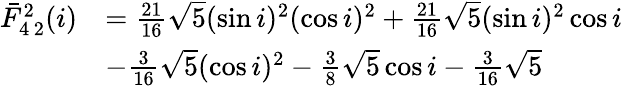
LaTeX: \begin{array}{rl}{\bar{F}_{4\, 2}^{2}(i)}&{=\frac{21}{16}\sqrt{5}(\sin i)^{2}(\cos i)^{2}+\frac{21}{16}\sqrt{5}(\sin i)^{2}\cos i}\\ &{-\frac{3}{16}\sqrt{5}(\cos i)^{2}-\frac{3}{8}\sqrt{5}\cos i-\frac{3}{16}\sqrt{5}}\end{array}